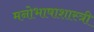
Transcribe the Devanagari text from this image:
मनोभाषाशास्त्री